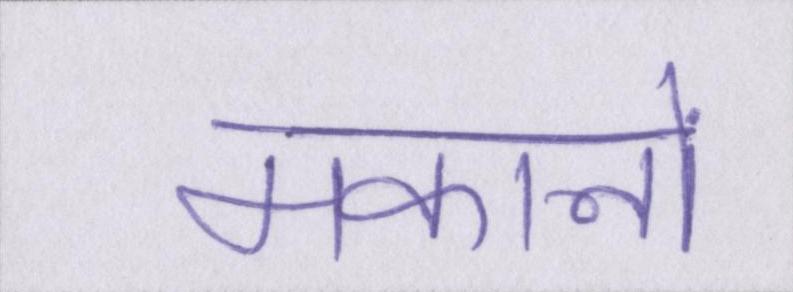
मकानों